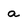
Character: a